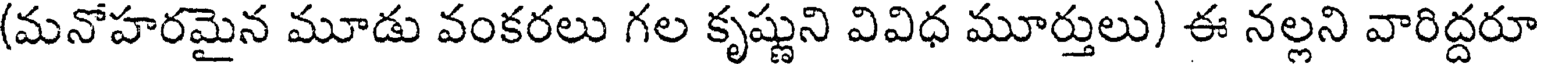
(మనోహరమైన మూడు వంకరలు గల కృష్ణుని వివిధ మూర్తులు) ఈ నల్లని వారిద్దరూ